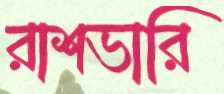
রাশভারি